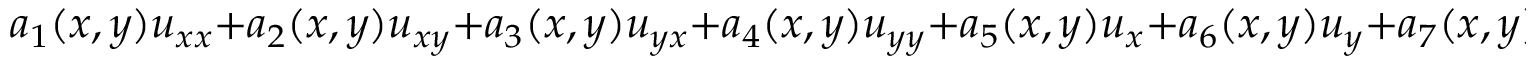
a _ { 1 } ( x , y ) u _ { x x } + a _ { 2 } ( x , y ) u _ { x y } + a _ { 3 } ( x , y ) u _ { y x } + a _ { 4 } ( x , y ) u _ { y y } + a _ { 5 } ( x , y ) u _ { x } + a _ { 6 } ( x , y ) u _ { y } + a _ { 7 } ( x , y ) u = f ( x , y )